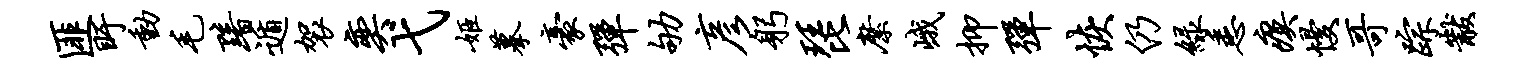
匪盱动毛黯遁袈奕弋姬摹豪弹劬彦躬琵縻峨抑弹恢仍绿悉瘼慢哥踪黻